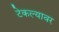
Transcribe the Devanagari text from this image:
टेकल्यावर